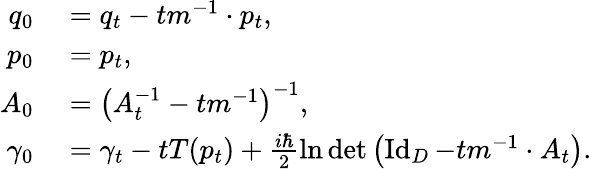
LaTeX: \begin{array}{rl}{q_{0}}&{{}=q_{t}-tm^{-1}\cdot p_{t},}\\ {p_{0}}&{{}=p_{t},}\\ {A_{0}}&{{}=\left(A_{t}^{-1}-tm^{-1}\right)^{-1},}\\ {\gamma_{0}}&{{}=\gamma_{t}-tT(p_{t})+\frac{i\hbar}{2}\ln\operatorname*{det}\left(\operatorname{Id}_{D}-tm^{-1}\cdot A_{t}\right).}\end{array}